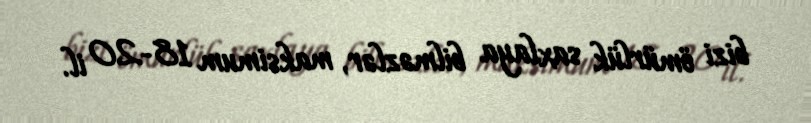
bizi ömürlük saxlaya bilməzlər, maksimum 18-20 il.